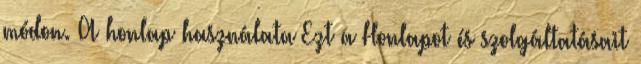
módon. A honlap használata Ezt a Honlapot és szolgáltatásait